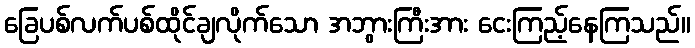
ခြေပစ်လက်ပစ်ထိုင်ချလိုက်သော အဘွားကြီးအား ငေးကြည့်နေကြသည်။